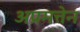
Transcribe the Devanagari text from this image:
अप्रमत्तेन